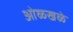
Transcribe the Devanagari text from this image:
ओळखळे